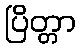
ပြိတ္တာ